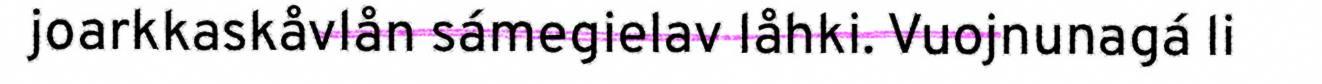
joarkkaskåvlån sámegielav låhki. Vuojnunagá li